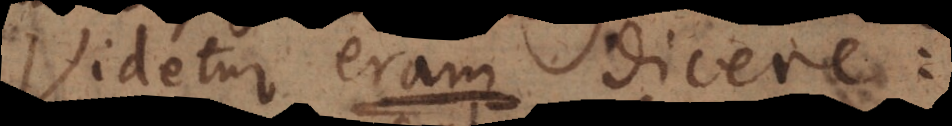
Videtur eram dicere: